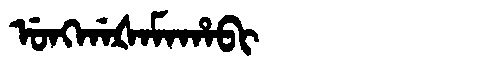
Manchu: ᡠᠩᡤᠠᡧᠠᠮᠠᡥᠠᠪᡳ
Romanization: UNGGAŠAMAHABI